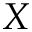
X